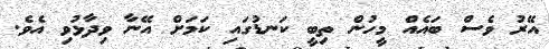
އޭރު ވެސް ބައެއް މީހުން ތިބީ ކަނޑުގައި ކަމަށް އޭނާ ވިދާޅުވި އެވެ.